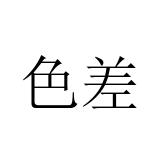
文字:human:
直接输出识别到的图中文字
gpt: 色差